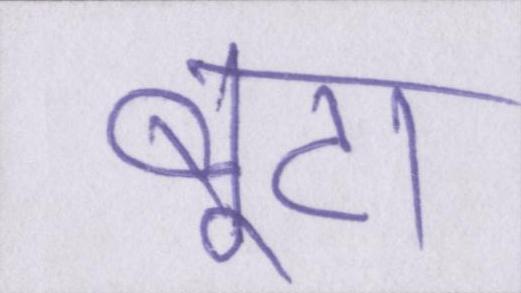
बूटा